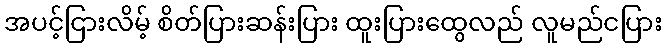
အပင့်ငြားလိမ့် စိတ်ပြားဆန်းပြား ထူးပြားထွေလည် လူမည်ငပြား